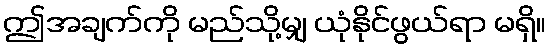
ဤအချက်ကို မည်သို့မျှ ယုံနိုင်ဖွယ်ရာ မရှိ။